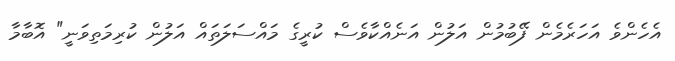
އެހެންވެ އަހަރެމެން ފޭބުމުން އަލުން އަނެއްކާވެސް ކުރީގެ މައްސަލަތައް އަލުން ކުރިމަތިވަނީ" އޮބާމާ